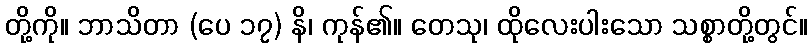
တို့ကို။ ဘာသိတာ (ပေ ၁၇) နိ၊ ကုန်၏။ တေသု၊ ထိုလေးပါးသော သစ္စာတို့တွင်။